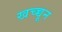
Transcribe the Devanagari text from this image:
खच्च्चून